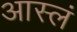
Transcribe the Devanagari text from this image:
आस्लं